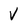
Character: V